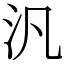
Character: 汎